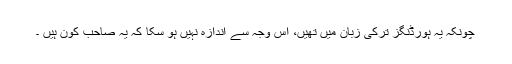
چونکہ یہ ہورڈنگز ترکی زبان میں تھیں، اس وجہ سے اندازہ نہیں ہو سکا کہ یہ صاحب کون ہیں ۔